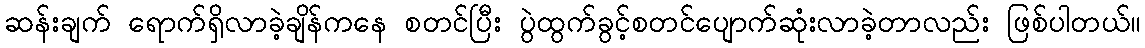
ဆန်းချက် ရောက်ရှိလာခဲ့ချိန်ကနေ စတင်ပြီး ပွဲထွက်ခွင့်စတင်ပျောက်ဆုံးလာခဲ့တာလည်း ဖြစ်ပါတယ်။